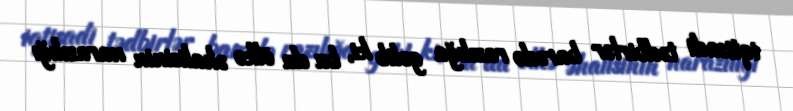
iqtisadi tədbirlər barədə razılığa gəlib ki, bu da ölkə əhalisinin narazılığı